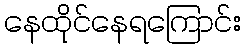
နေထိုင်နေရကြောင်း